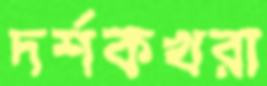
দর্শকখরা